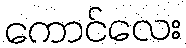
ကောင်လေး